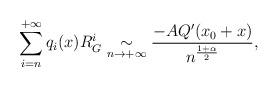
LaTeX: \begin{align*}\sum_{i=n}^{+\infty}q_{i}(x)R_G^i\underset{n\rightarrow+\infty}{\sim}\frac{-AQ^{\prime}(x_0+x)}{n^{\frac{1+\alpha}{2}}},\end{align*}